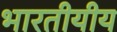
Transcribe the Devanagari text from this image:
भारतीयीय